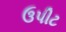
ઉપીટ